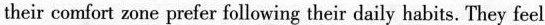
their daily habits. They feel satisfied with their circumstances. Perhaps they feel